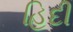
હિદી